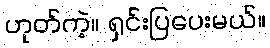
ဟုတ်ကဲ့။ ရှင်းပြပေးမယ်။